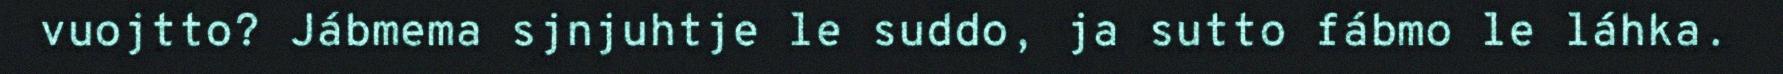
vuojtto? Jábmema sjnjuhtje le suddo, ja sutto fábmo le láhka.